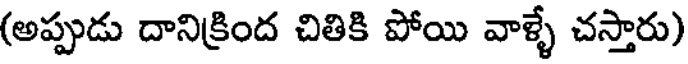
(అప్పుడు దానిక్రింద చితికి పోయి వాళ్ళే చస్తారు)